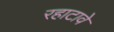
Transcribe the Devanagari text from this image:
रहाटावे